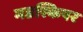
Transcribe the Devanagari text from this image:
मडस्किपर